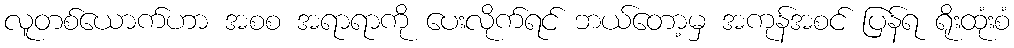
လူတစ်ယောက်ဟာ အစစ အရာရာကို ပေးလိုက်ရင် ဘယ်တော့မှ အကုန်အစင် ပြန်ရ ရိုးထုံးစံ